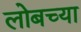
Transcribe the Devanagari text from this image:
लोबच्या